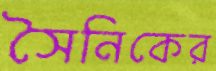
সৈনিকের